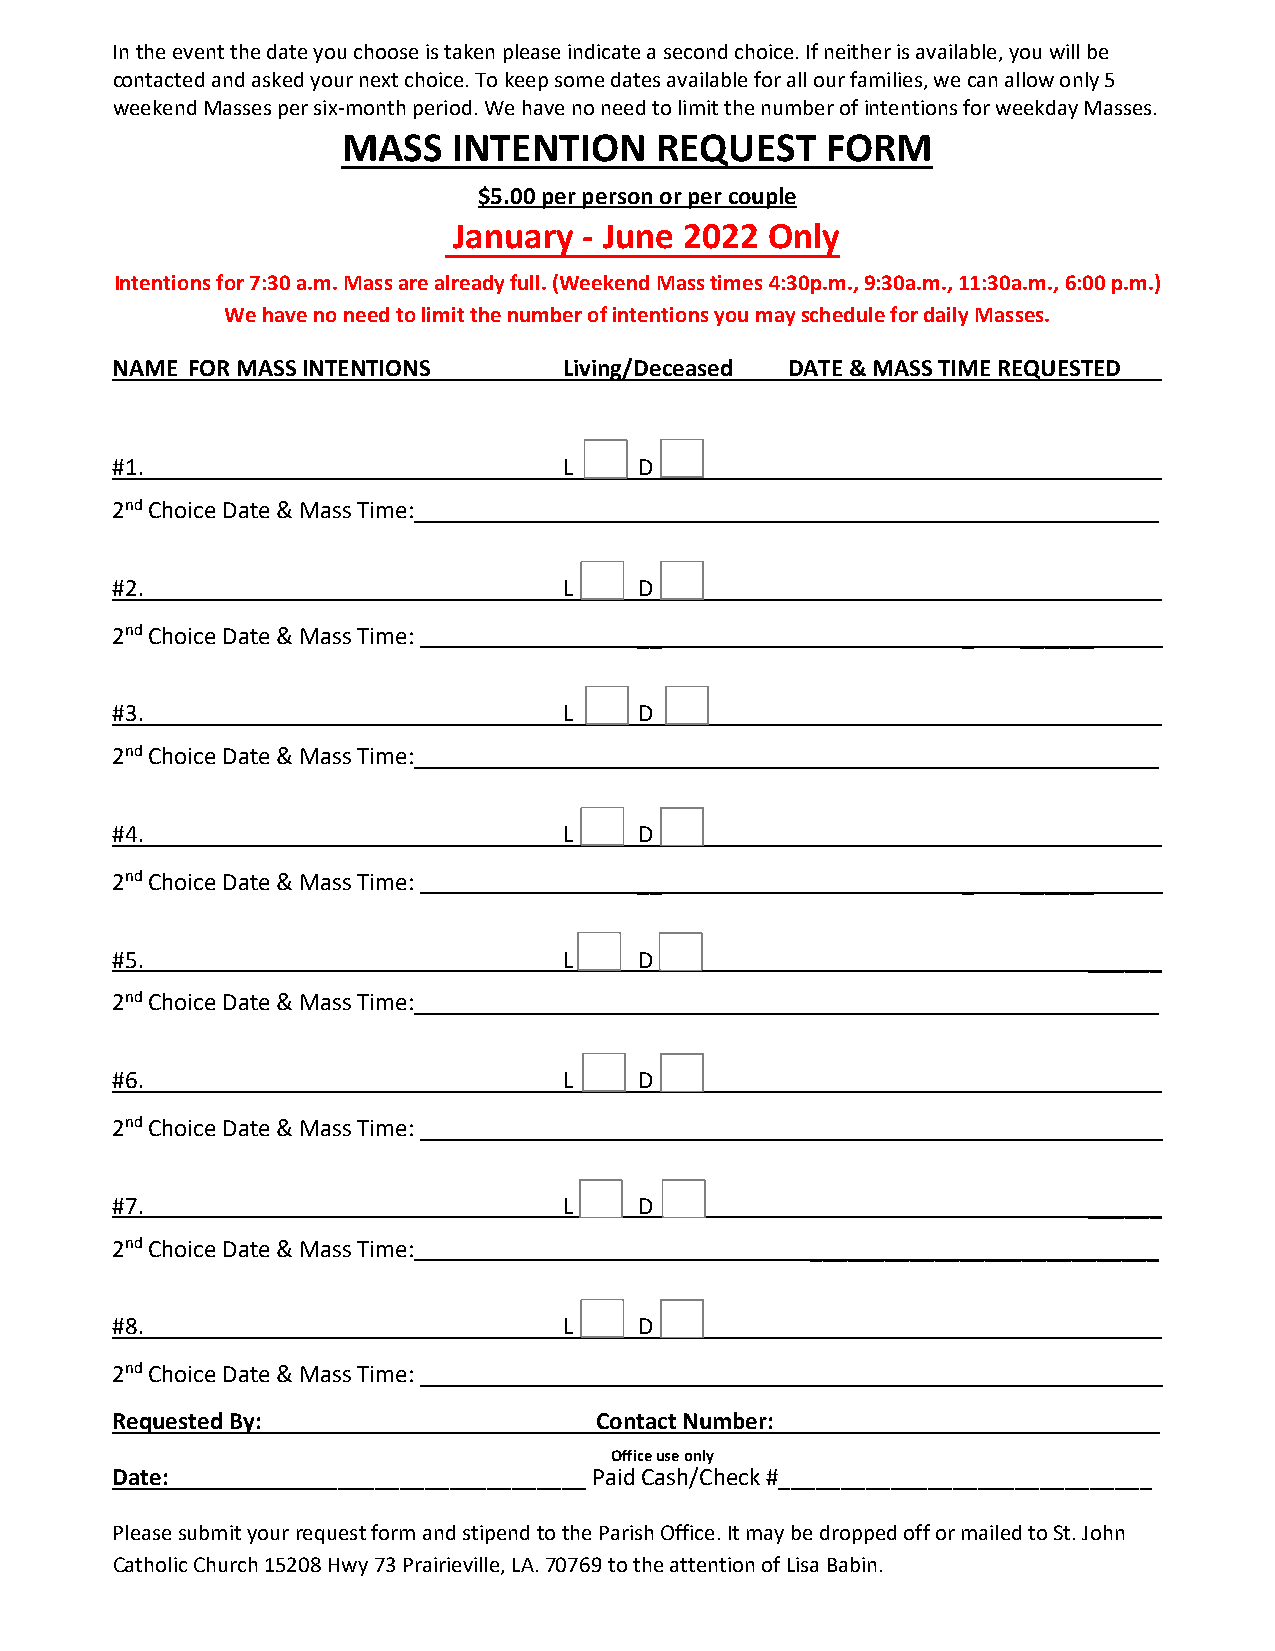
In the event the date you choose is taken please indicate a second choice. If neither is available, you will be
 contacted and asked your next choice. To keep some dates available for all our families, we can allow only 5
 weekend Masses per six‐month period. We have no need to limit the number of intentions for weekday Masses.
 MASS   INTENTION    REQUEST     FORM
 $5.00 per person or per couple
 January  - June 2022 Only
 Intentions for 7:30 a.m. Mass are already full. (Weekend Mass times 4:30p.m., 9:30a.m., 11:30a.m., 6:00 p.m.)
 We have no need to limit the number of intentions you may schedule for daily Masses.
 NAME FOR MASS INTENTIONS      Living/Deceased DATE & MASS TIME REQUESTED
 #1.                           L    D                             ______
 2nd Choice Date & Mass Time:                   ____________________________
 #2.                           L    D
 2nd Choice Date & Mass Time:       __                    _   ______
 #3.                           L    D                             ______
 2nd Choice Date & Mass Time:                   ____________________________
 #4.                           L    D
 2nd Choice Date & Mass Time:       __                    _   ______
 #5.                           L    D                             ______
 2nd Choice Date & Mass Time:                   ____________________________
 #6.                           L    D
 2nd Choice Date & Mass Time:       __                    _   ______
 #7.                           L    D                             ______
 2nd Choice Date & Mass Time:                   ____________________________
 #8.                           L    D
 2nd Choice Date & Mass Time:       __                    _   ______
 Requested By:                   Contact Number:_______________________________
 Office use only
 Date:          ____________________ Paid Cash/Check #______________________________
 Please submit your request form and stipend to the Parish Office. It may be dropped off or mailed to St. John
 Catholic Church 15208 Hwy 73 Prairieville, LA. 70769 to the attention of Lisa Babin.